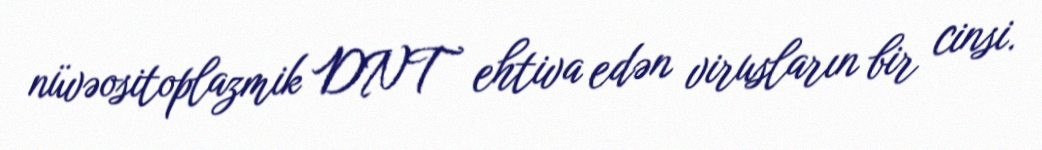
nüvəositoplazmik DNT ehtiva edən virusların bir cinsi.